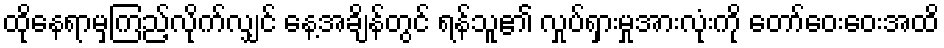
ထိုနေရာမှကြည့်လိုက်လျှင် နေ့အချိန်တွင် ရန်သူ၏ လှုပ်ရှားမှုအားလုံးကို တော်ဝေးဝေးအထိ